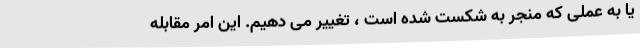
یا به عملی که منجر به شکست شده است ، تغییر می دهیم. این امر مقابله